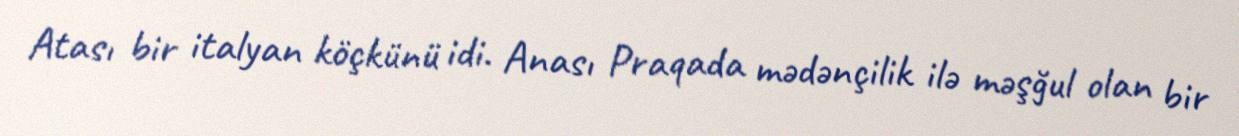
Atası bir italyan köçkünü idi. Anası Praqada mədənçilik ilə məşğul olan bir